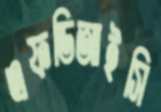
এফডিআইসি